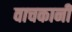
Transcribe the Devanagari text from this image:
वाचकानी